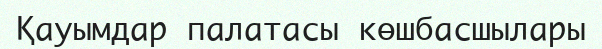
Қауымдар палатасы көшбасшылары